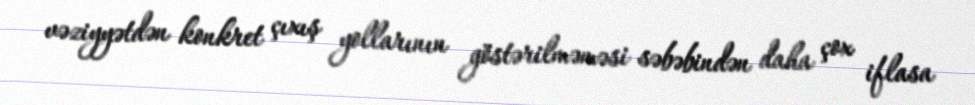
vəziyyətdən konkret çıxış yollarının göstərilməməsi səbəbindən daha çox iflasa